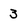
Character: 3